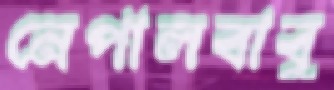
নেপালবাবু